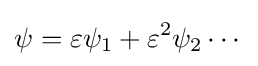
\psi =\varepsilon \psi _{1}+\varepsilon ^{2}\psi _{2}\cdots